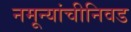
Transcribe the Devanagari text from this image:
नमून्यांचीनिवड